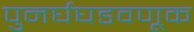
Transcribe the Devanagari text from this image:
पुनर्घघडवणूक